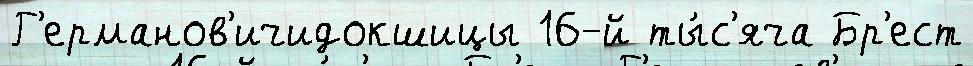
Г'ерманов'ичидокшицы 16-й ты́с'яча Бр'ест